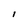
Character: I